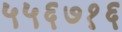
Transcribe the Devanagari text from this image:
५५६७१६